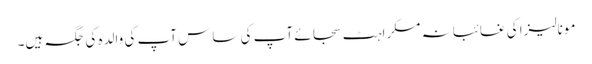
مونالیزا کی غائبانہ مسکراہٹ سجائے آپ کی ساس آپ کی والدہ کی جگہ ہیں۔